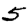
Digit: 5